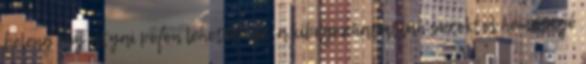
beleng egy atyai pofon lehetősége, a kibogozhatatlan soroktól hemzsegő